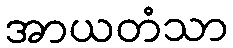
အာယတံသာ